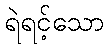
ရဲရင့်သော